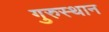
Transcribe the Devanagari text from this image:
गुरुस्थान